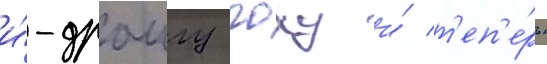
и́-драигу гоху и́ т'еп'е́рь